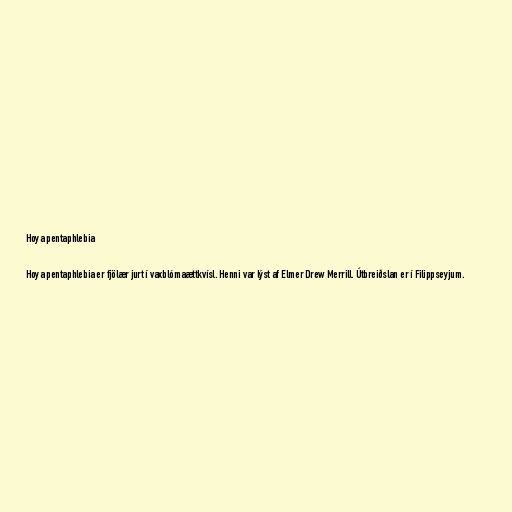
Hoya pentaphlebia

Hoya pentaphlebia er fjölær jurt í vaxblómaættkvísl. Henni var lýst af Elmer Drew Merrill. Útbreiðslan er í Filippseyjum.